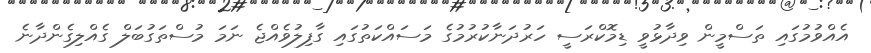
އެއްވުމުގައި ތަސްމީން ވިދާޅުވީ ޑިމޮކްރަސީ ހަރުދަނާކުރުމުގެ މަސައްކަތުގައި ގާފިލުވެއްޖެ ނަމަ މުސްތަގުބަލް ގެއްލިގެންދާނެ